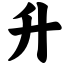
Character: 升